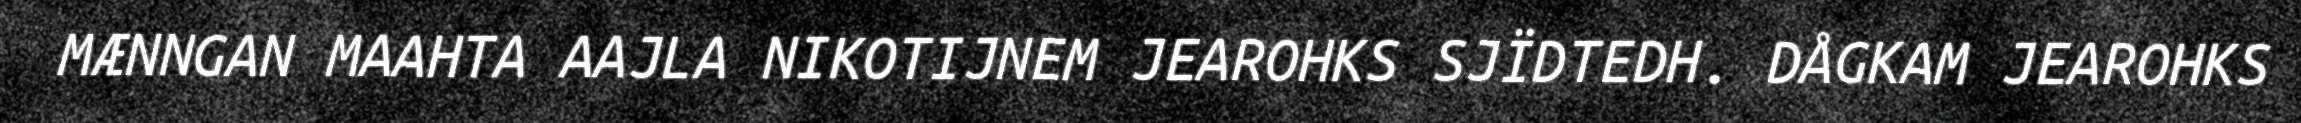
MÆNNGAN MAAHTA AAJLA NIKOTIJNEM JEAROHKS SJÏDTEDH. DÅGKAM JEAROHKS